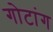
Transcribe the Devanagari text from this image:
गोटांग